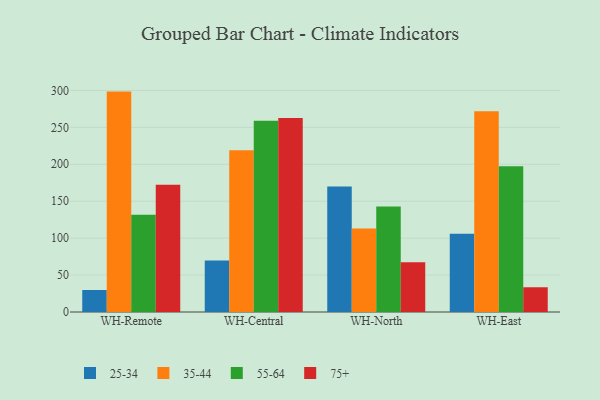
{"axis": {"x": "Warehouse", "y": "LTV (USD)"}, "legend": ["25-34", "35-44", "55-64", "75+"], "data": [{"x": "WH-Remote", "y": 29.8, "type": "25-34"}, {"x": "WH-Remote", "y": 298.4, "type": "35-44"}, {"x": "WH-Remote", "y": 131.5, "type": "55-64"}, {"x": "WH-Remote", "y": 172.4, "type": "75+"}, {"x": "WH-Central", "y": 69.7, "type": "25-34"}, {"x": "WH-Central", "y": 219.1, "type": "35-44"}, {"x": "WH-Central", "y": 258.9, "type": "55-64"}, {"x": "WH-Central", "y": 262.8, "type": "75+"}, {"x": "WH-North", "y": 169.8, "type": "25-34"}, {"x": "WH-North", "y": 113.0, "type": "35-44"}, {"x": "WH-North", "y": 142.8, "type": "55-64"}, {"x": "WH-North", "y": 67.5, "type": "75+"}, {"x": "WH-East", "y": 105.8, "type": "25-34"}, {"x": "WH-East", "y": 271.9, "type": "35-44"}, {"x": "WH-East", "y": 197.5, "type": "55-64"}, {"x": "WH-East", "y": 33.5, "type": "75+"}]}